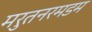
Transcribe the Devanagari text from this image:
मरुतनरमडम